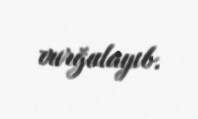
vurğulayıb.